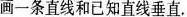
画一条直线和已知直线垂直。